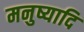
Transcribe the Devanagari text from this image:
मनुष्यादि